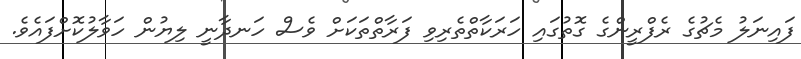
ފައިނަލު މެޗުގެ ރެފްރީންގެ ގޮތުގައި ހަރަކާތްތެރިވި ފަރާތްތަކަށް ވެސް ހަނދާނީ ލިޔުން ހަވާލުކޮށްފައެވެ.